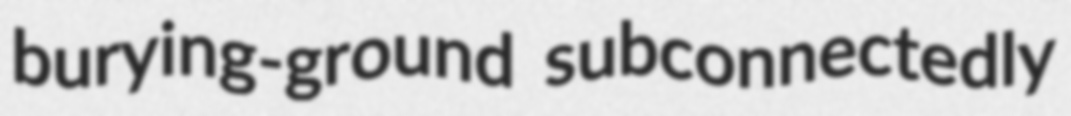
burying-ground subconnectedly